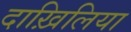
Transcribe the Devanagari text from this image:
दाख़िलिया